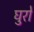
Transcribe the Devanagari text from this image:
घुरों